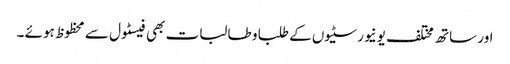
اور ساتھ مختلف یونیورسٹیوں کے طلبا و طالبات بھی فیسٹول سے محظوظ ہوئے ۔